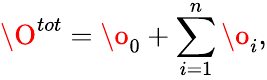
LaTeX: \O^{tot}=\o_{0}+\sum_{i=1}^{n}{\o_{i}},